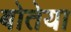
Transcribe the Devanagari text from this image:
बोतेया